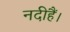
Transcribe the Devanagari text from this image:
नदीहैं।